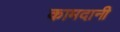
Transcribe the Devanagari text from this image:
कामदानी